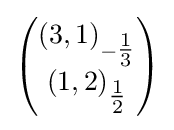
{\begin{pmatrix}(3,1)_{-{\tfrac {1}{3}}}\\(1,2)_{\tfrac {1}{2}}\end{pmatrix}}